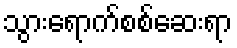
သွားရောက်စစ်ဆေးရာ